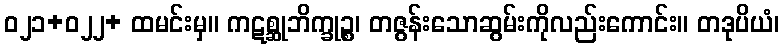
ဝ၂၁+ဝ၂၂+ ထမင်းမှ။ ကဋစ္ဆုဘိက္ခုဉ္စ၊ တဇွန်းသောဆွမ်းကိုလည်းကောင်း။ တဒုပိယံ၊